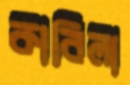
কাবিলা